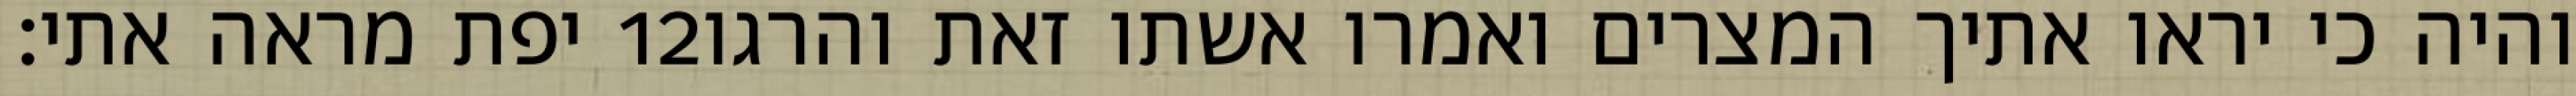
יפת מראה אתי׃ ‎12‏ והיה כי יראו אתיך המצרים ואמרו אשתו זאת והרגו